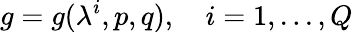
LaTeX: g=g(\lambda^{i},p,q),\ \ \ \ i=1,...,Q